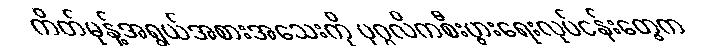
ကိတ်မုန့်အရွယ်အစားအသေးကို ပုဂ္ဂလိကစီးပွားရေးလုပ်ငန်းတွေက